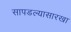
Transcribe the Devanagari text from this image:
सापडल्यासारखा